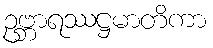
ဥဗ္ဘာရဿဋ္ဌမာတိကာ